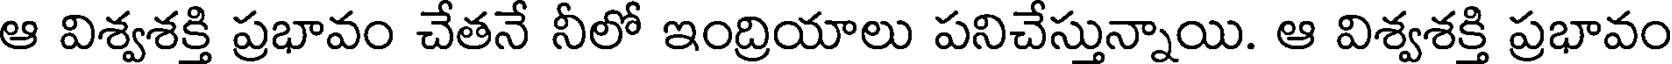
ఆ విశ్వశక్తి ప్రభావం చేతనే నీలో ఇంద్రియాలు పనిచేస్తున్నాయి. ఆ విశ్వశక్తి ప్రభావం